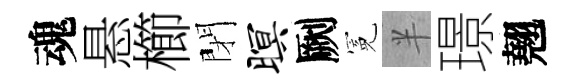
魂悬櫛閉暝劂冕半璟翹